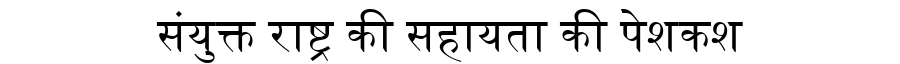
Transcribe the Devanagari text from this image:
संयुक्त राष्ट्र की सहायता की पेशकश